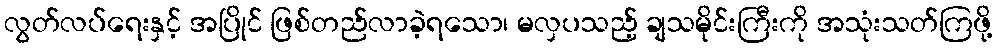
လွတ်လပ်ရေးနှင့် အပြိုင် ဖြစ်တည်လာခဲ့ရသော၊ မလှပသည့် ချသမိုင်းကြီးကို အသုံးသတ်ကြဖို့